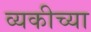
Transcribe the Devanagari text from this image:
व्यकीच्या